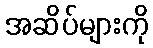
အဆိပ်များကို